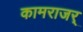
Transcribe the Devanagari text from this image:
कामराजर्